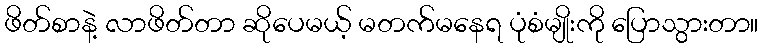
ဖိတ်စာနဲ့ လာဖိတ်တာ ဆိုပေမယ့် မတက်မနေရ ပုံစံမျိုးကို ပြောသွားတာ။